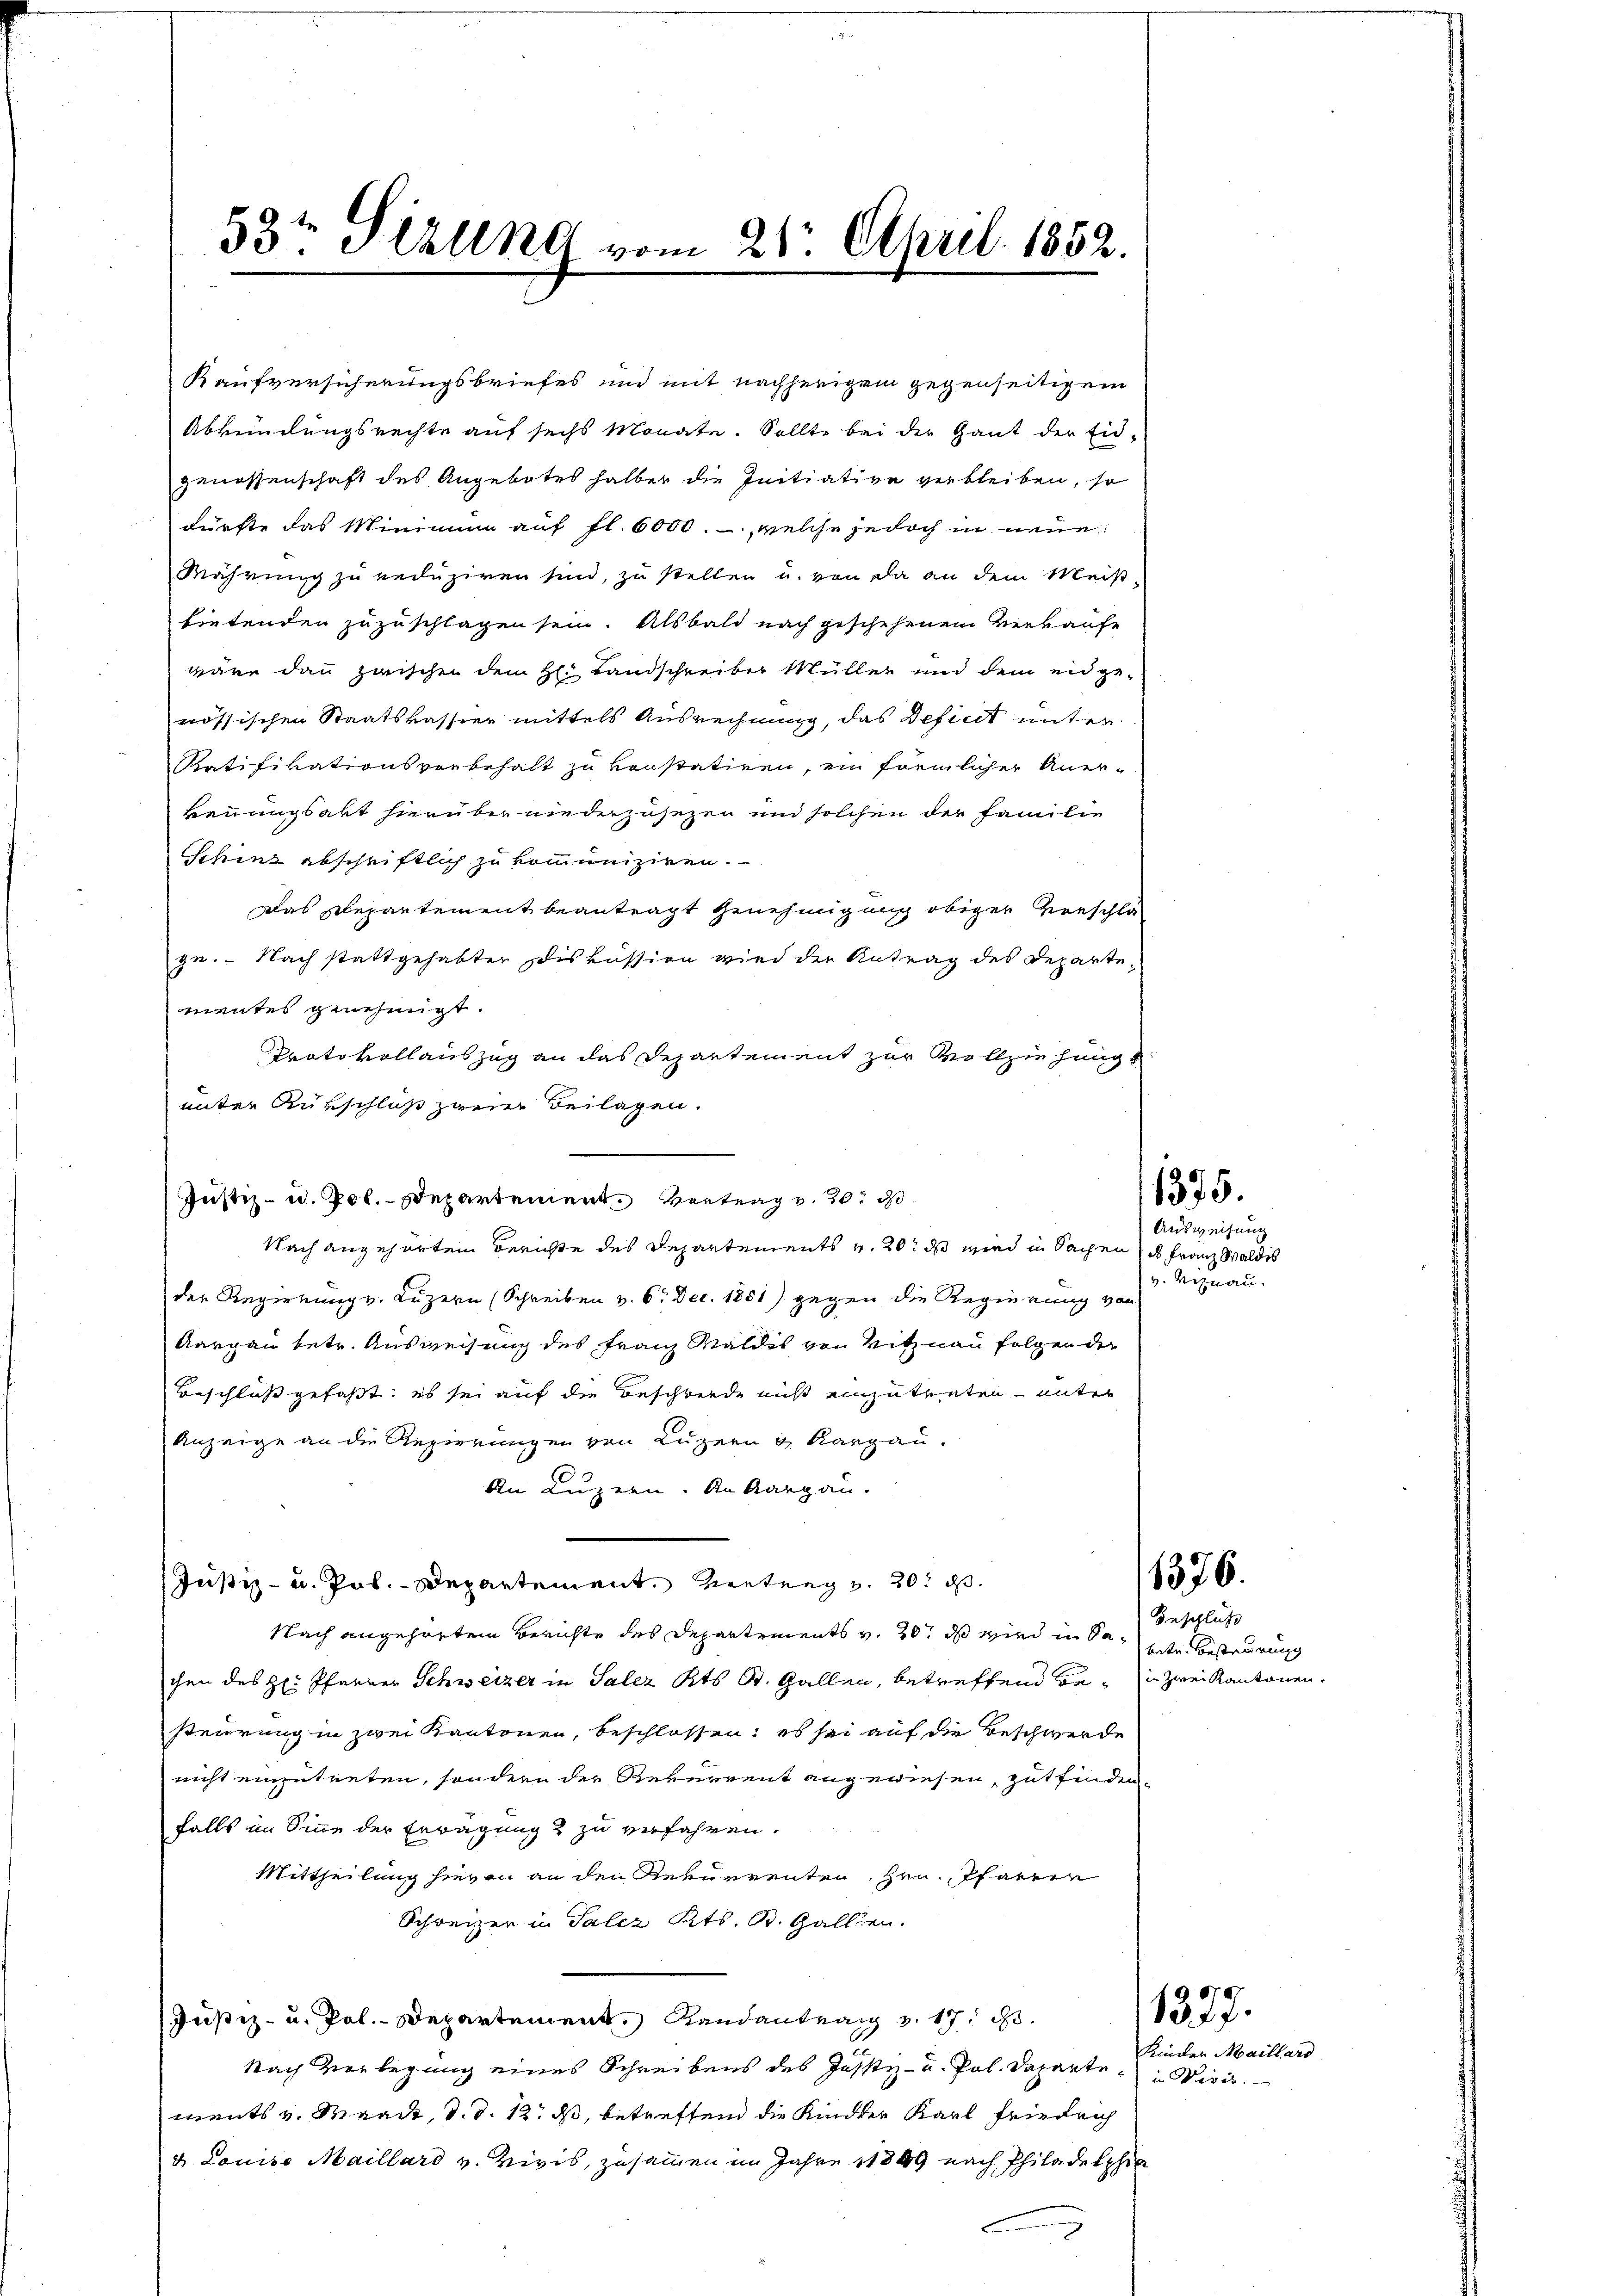
Kaufversicherungsbriefes und mit nachherigem gegenseitigem
Abkündungsrechte auf sechs Monate. Sollte bei der Gant der Eid-
genossenschaft des Angebotes halber die Initiative verbleiben, so
dürfte das Minimum auf fl. 6000.-, welche jedoch in neue
Währung zu reduziren sind, zu stellen u. von da an dem Meisfietenden zuzuschlagen sein. Alsbald nach geschehenem Verkaufe
wäre dann zwischen dem H: Landschreiber Müller und dem eidgenössischen Staatskassier mittels Ausrechnung, das Defint unter
Ratifikationsvorbehalt zu konstatiren, ein förmlicher Aner-
kennungsakt hierüber niederzusezen und solchen der Familie
Schinz abschriftlich zu kommuniziren.
Das Repartement beantragt Genehmigung obiger Verschlä
ge. Nach stattgehabter Diskussion wird der Antrag des Departe
mentes genehmigt.
Protokollauszug an das Departement zur Vollziehung
unter Rutschluß zwei Beilagen.
Justiz- u. Pol. Departement Vertrag v. 20. d
Nach angehörten Berichte des Departements v. 20. ds wird in Sachen ds Franz Waldis
der Regierung v. Luzern (Schreiben v. 6. Dec. 1851) gegen die Regierung von
Aargau betr. Ausweisung des Franz Waldes von Vitznau folgen der
Beschluß gefaßt: es sei auf die Beschiede nicht einzutreten unter
Anzeige an die Regierungen von Luzern & Kargau.
An Luzern. An Aargau.
Justiz- u. Pol.-Departement. Vertrag v. 20. d.
Nach angehörtem Berichte des Departements v. 20. ds wird in Sachen des H. Pfarrer Schweizer in Salez Kts. St. Gallen, betreffend bein zwei Kantonen.
steurung in zwei Kantonen, beschlossen; es sei auf die Beschwerde
nicht einzutreten, sondern der Reverrent angewiesen, gutfinden,
falls im Sinne der Erwägung & zu verfahren.
Mittheilung hievon an den Rekurrenten, Hrn. Pfarrer
Schweizer in Salez Kts. B. Gallen.
Justiz- u. Pol.- Departement, Randantrag v. 17. d.
Nach Vorlegung eines Schreibens des Justiz- u. Pol. Dapartements v. Waadt, d. d. 12. ds, betreffend die Kinder Karl Friedrich
d. Louise Maillard v. Vivis, zusammen im Jahre 1849 nach Philadelphia

53te Sitzung vom 21. April 1852.

1375.

Ausweisung
v. Viznau.

Geschluß
betr. Besteurung

Kinder Maillard
in Wisis.

1376.

1377.